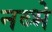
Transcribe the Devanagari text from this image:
नब्भे